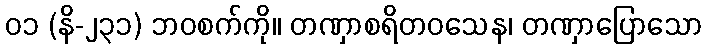
၀၁ (နိ-၂၃၁) ဘဝစက်ကို။ တဏှာစရိတဝသေန၊ တဏှာပြောသော